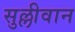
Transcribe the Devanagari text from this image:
सुल्लीवान